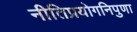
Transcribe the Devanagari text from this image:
नीतिप्रयोगनिपुणा